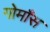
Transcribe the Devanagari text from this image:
गोमाँस